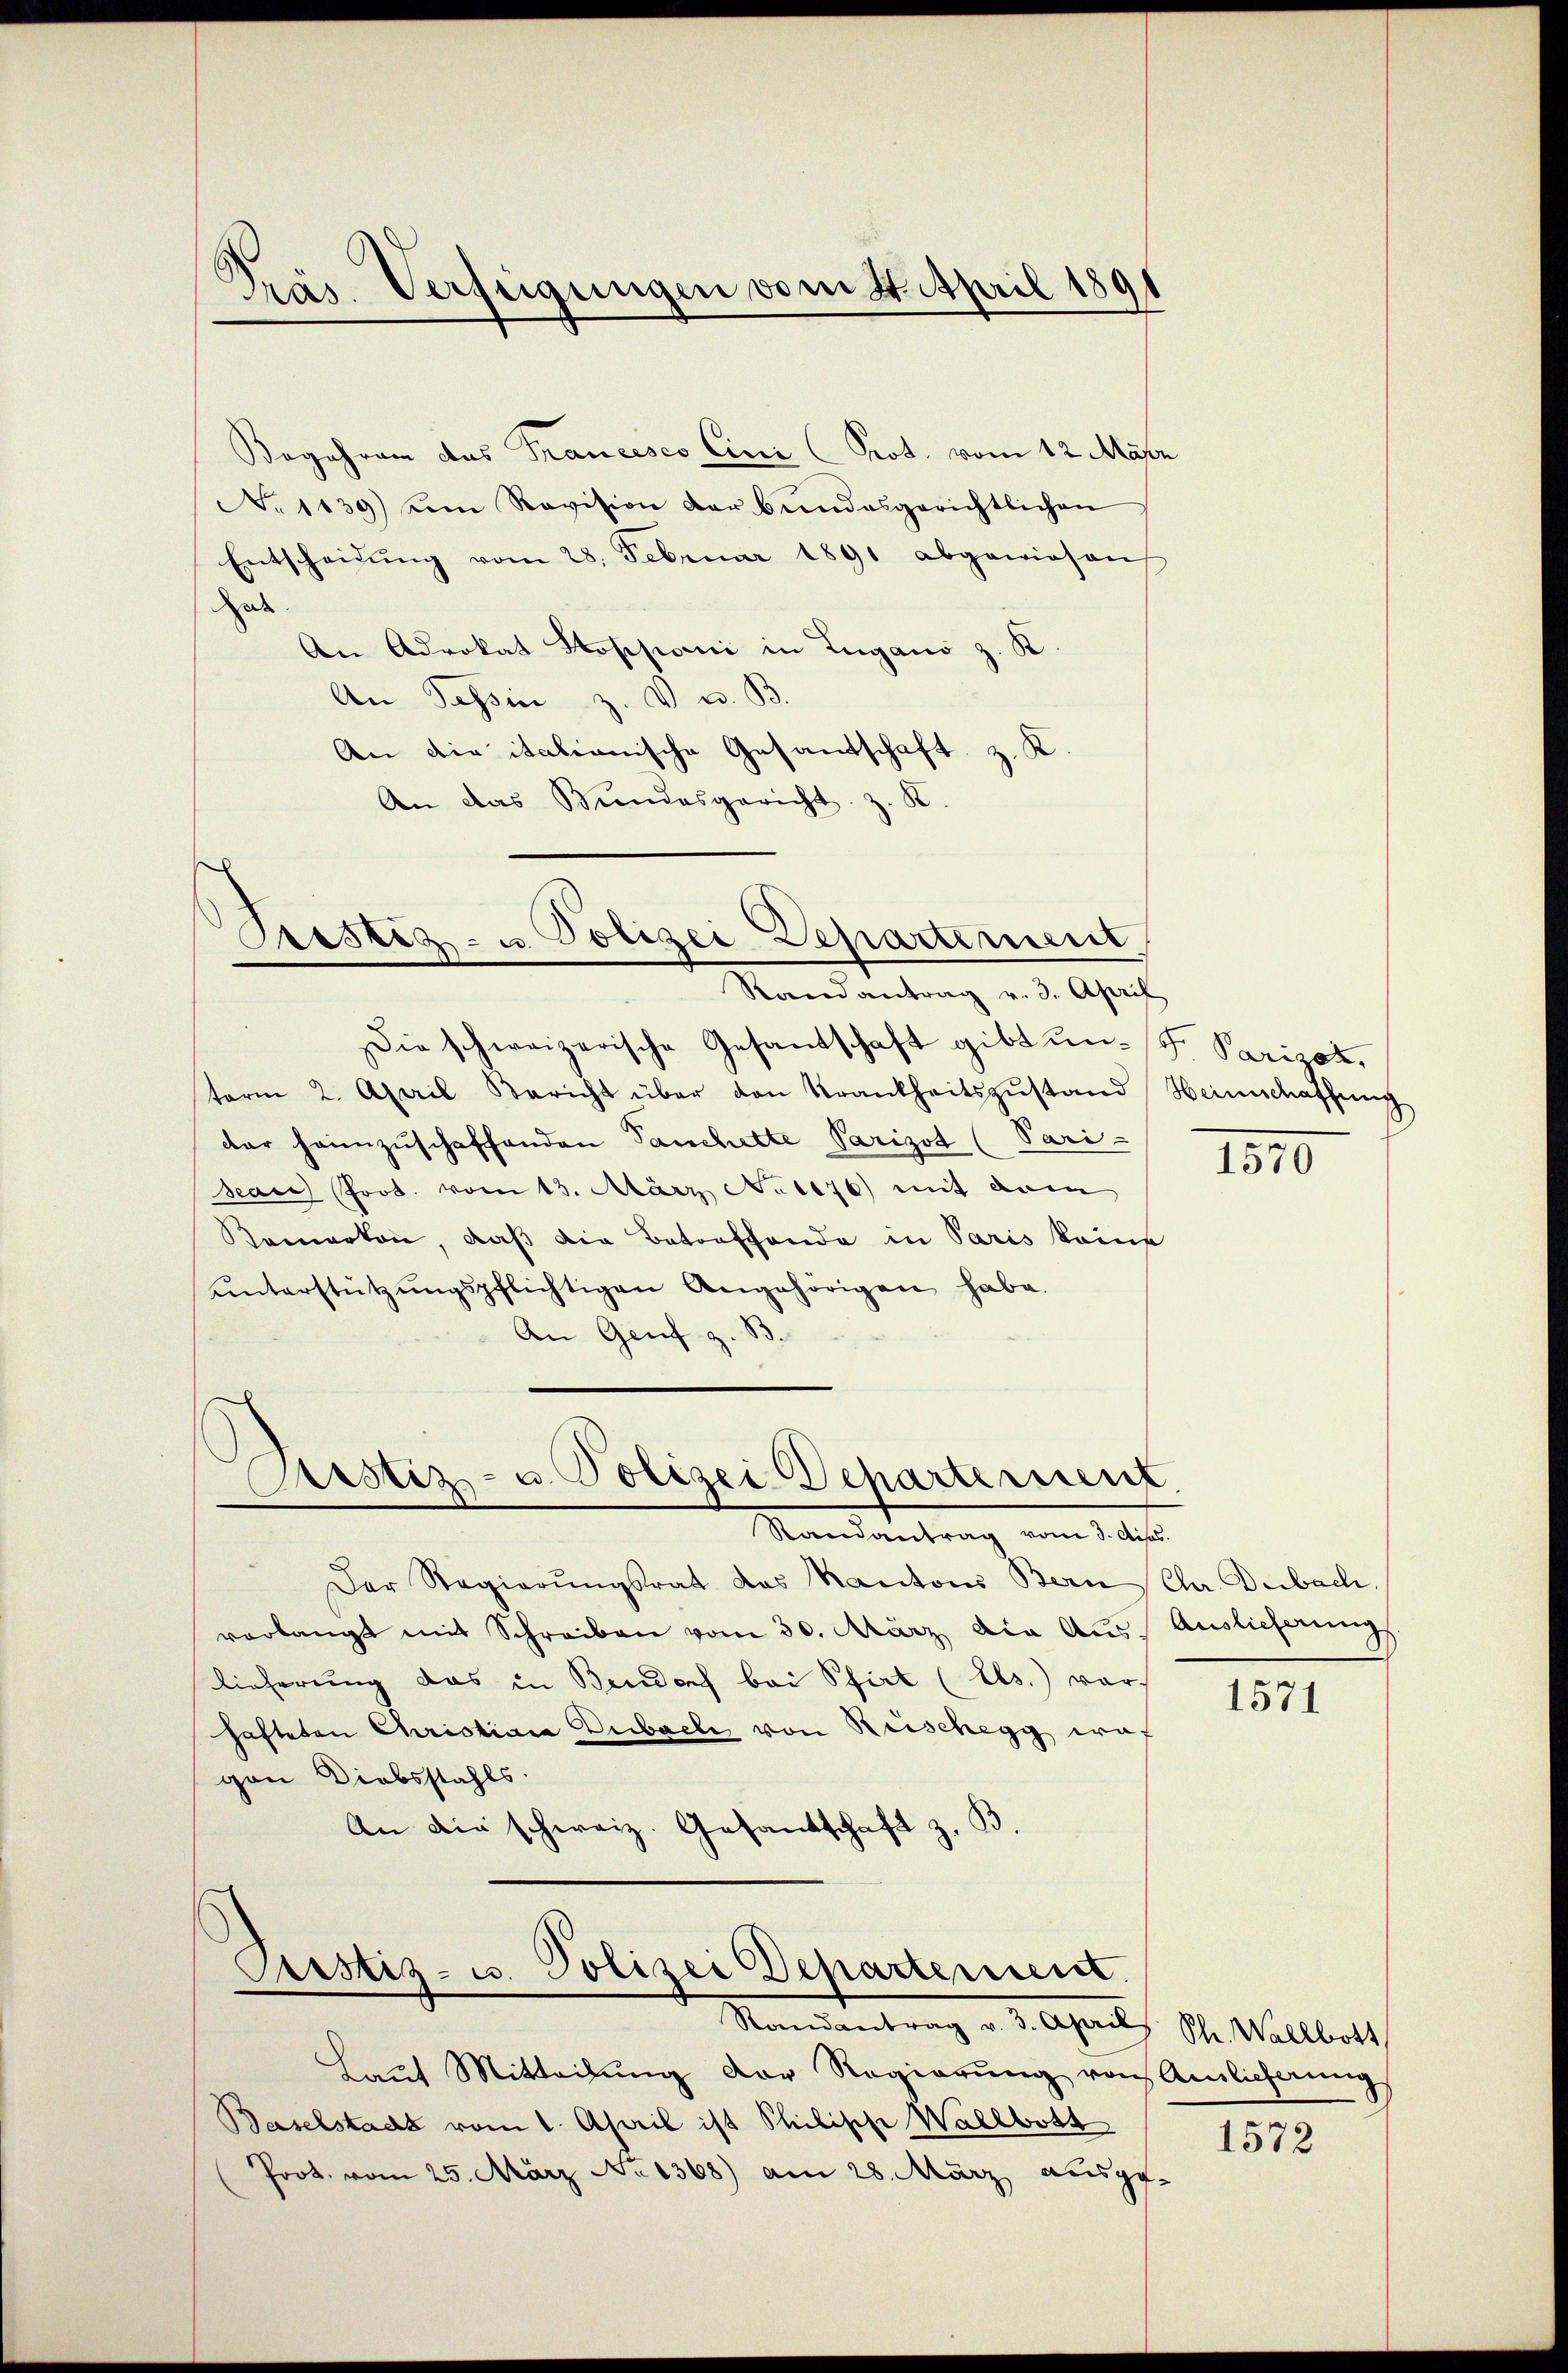
Pras. Verfügungen vom 4. April 1891

Begehren das Francisco Cini Prot. vom 12. Mär
No 1139) um Revision der bundesgerichtlichen
Entscheidŭng vom 28. Februar 1891 abgewiesen
Zut
An Advokat Stopponii in Lugano z. K.
An Tessin z. V u. B
An die italianische Gesantschaft z. K.
An das Bundesgericht z. B.

Prostiz- u. Polizei Departement
Randantrag v. 3. April

Justiz- u. Polizei Departement

Randantrag vom 3. diss
Der Regierŭngsrat das Kantons Bern Chr. Dubach.
verlangt mit Schreiben vom 30. März die Aus Auslieferungs
lieferung das in Bendorf bei Pfirt (Els.) vors
hafteten Christian Dubach von Reischegg eraf
gen Diebstahls.
An die schweiz. Gesandschaft z. B.

Die schweizerische Gesandschaft gibt und Parigot.
term 2. April Bericht über den Krankheitszŭstand Heimschaffung
dar heimzuschaffenden Tauchette Parisst (Pari
sean Prod. vom 13. März No 1176) mit dem
Kemerken, daß die Betreffende in Paris keine
ŭnterstützŭngspflichtigen Angehörigen habe.
An Genf z. B.

Justiz- u. Polizei Departement.
Standentrag v. 3. April l. M. Wallbert

Laut Mitteilŭng der Regierŭng von Amlicherung
Baselstadt vom 1. April ist Philisch Wallbott
Prot. vom 25. März No 1368) am 28. März ausge-

1810

1571

1572